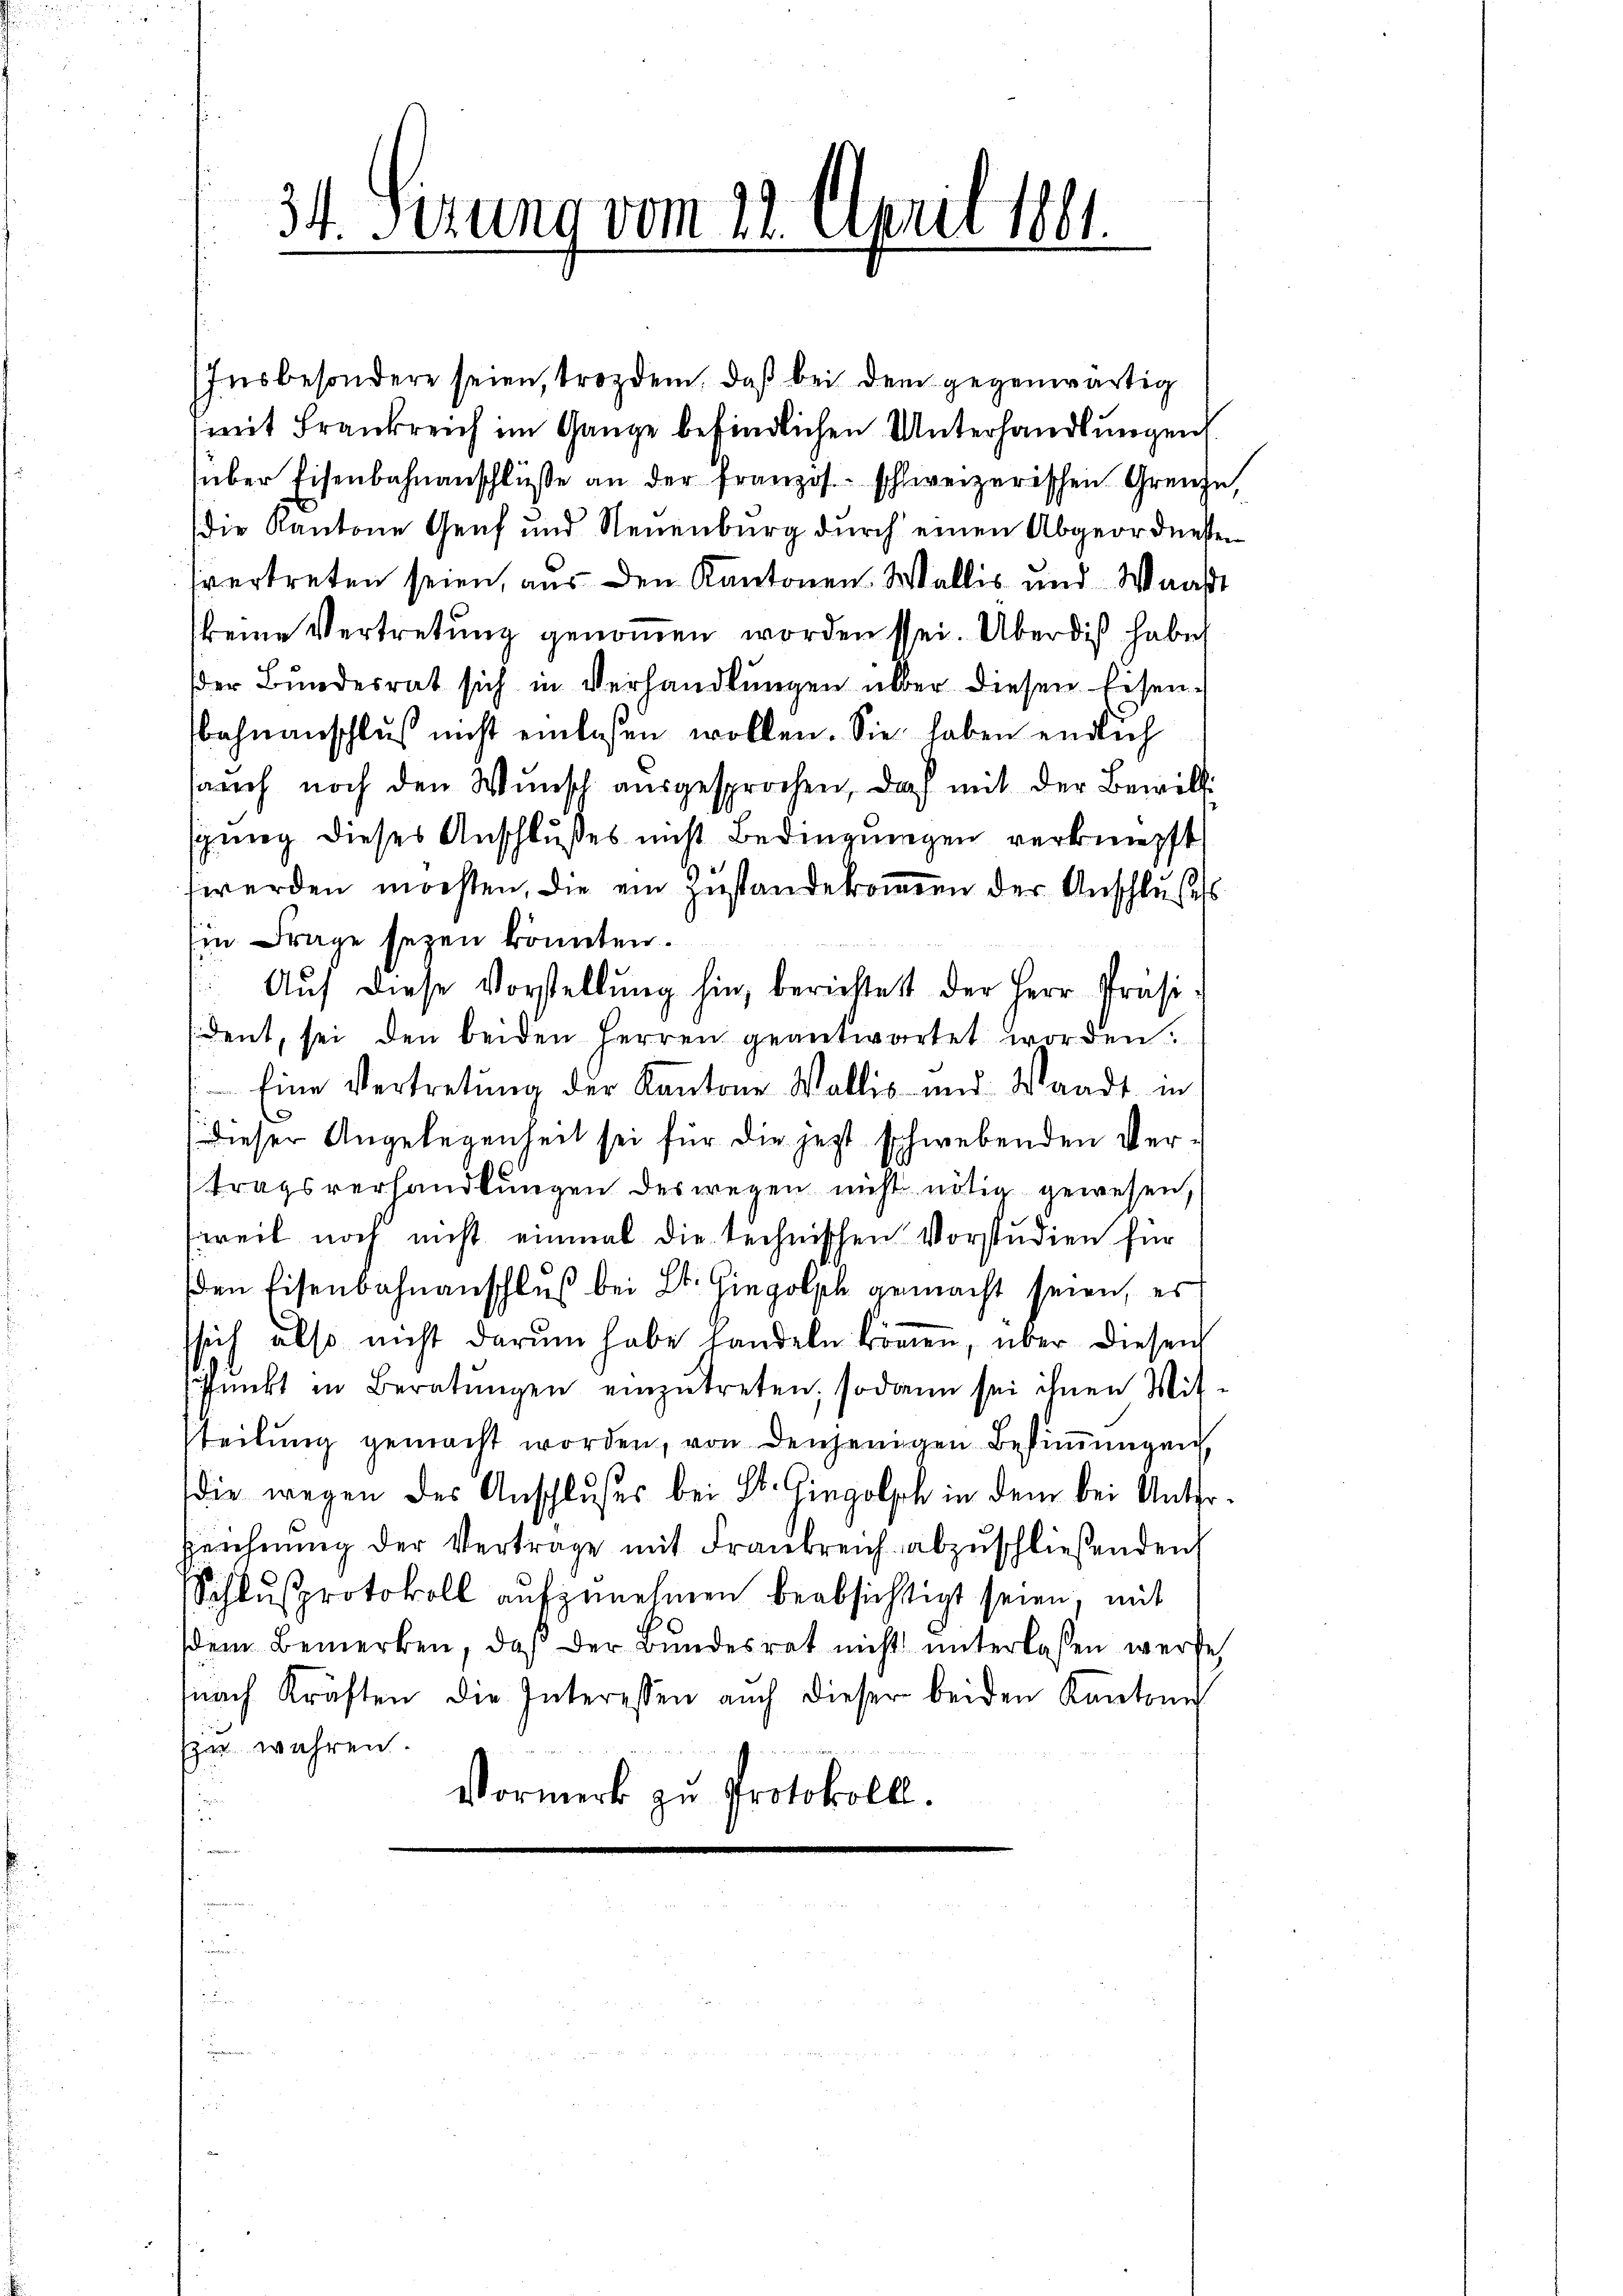
34. Serung vom 12. April 1861.

Insbesondere seien, trozdem, daß bei dem gegenwärtig
mit Frankreich im Gange befindlichen Unterhandlungen
über Eisenbahnanschlüsse an der franzos.- schweizerischen Grenze,
die Kantone Genf und Neuenburg durch einen Abgeordneten
svertreten seien, aus den Kantonen Wallis und Waadt
keine Vertretung genommen worden sei. Über dis habe
Der Bundesrat sich in Verhandlŭngen über diesen Eisen-
bahnanschlŭβ nicht einlesen wollen. Sie haben endlich
auch noch den Wunsch aŭsgesprochen, doch mit der Bewilli
snng dieses Anschlußes nicht Bedingungen verknüpft,
werden möchten, die ein Zustande kommen der Anschlußes
Ein Frage sezen könnten.
 Aŭf diese Vorstellung hin, berichtet der Herr Präsident, sei den beiden Herren geantwortet worden.
 Eine Vertretŭng der Kantone Wallis und Waadt in
(dieser Angelegenheit sei für die jetzt schwebenden Vertragsverhandlungen des wegen nicht nötig gewesen,
weil noch nicht einmal die technischen Vorstudien für
den Eisenbahnanschluß bei Lt. Gingolph gemacht seien, es
ssich also nicht darum habe handeln können, über diesen
Pŭnkt in Beratŭngen einzŭtreten, sodann sei ihnen Mit-
steilung gemacht worden, von denjenigen Bestimmungen
die wegen des Anschlußes bei St. Gingolph in dem bei Unterzeichnŭng der Vertrage mit Frankreich abzŭschließenden
Schlŭsprotokoll aŭfzŭnehmen beabsichtigt seien, mit
sdem Bemerken, daβ der Bŭndesrat nicht ŭnterlassen werde
snach Kräften die Interessen auch dieser beiden Kantone
spe wahren.
Vormerk zu Protokoll.
e
u